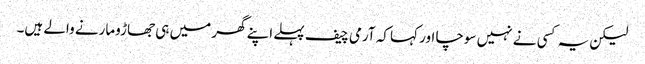
لیکن یہ کسی نے نہیں سوچا اور کہا کہ آرمی چیف پہلے اپنے گھر میں ہی جھاڑومارنے والے ہیں۔